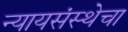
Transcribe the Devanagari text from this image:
न्यायसंस्थेचा